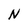
Character: N